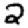
Digit: 2